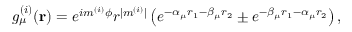
g _ { \mu } ^ { ( i ) } ( \mathbf { r } ) = e ^ { i m ^ { ( i ) } \phi } r ^ { | m ^ { ( i ) } | } \left( e ^ { - \alpha _ { \mu } r _ { 1 } - \beta _ { \mu } r _ { 2 } } \pm e ^ { - \beta _ { \mu } r _ { 1 } - \alpha _ { \mu } r _ { 2 } } \right) ,